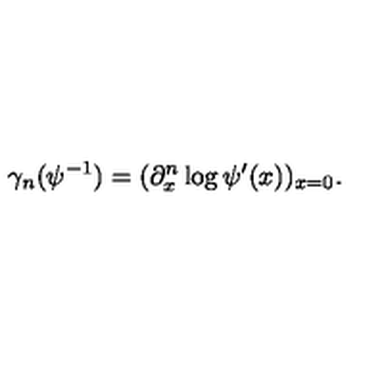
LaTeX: \gamma _ { n } ( \psi ^ { - 1 } ) = ( \partial _ { x } ^ { n } \log \psi ^ { \prime } ( x ) ) _ { x = 0 } .